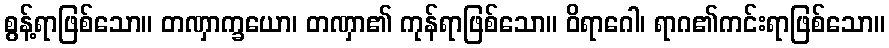
စွန့်ရာဖြစ်သော။ တဏှာက္ခယော၊ တဏှာ၏ ကုန်ရာဖြစ်သော။ ဝိရာဂေါ၊ ရာဂ၏ကင်းရာဖြစ်သော။